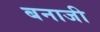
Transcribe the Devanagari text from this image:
बनाजी